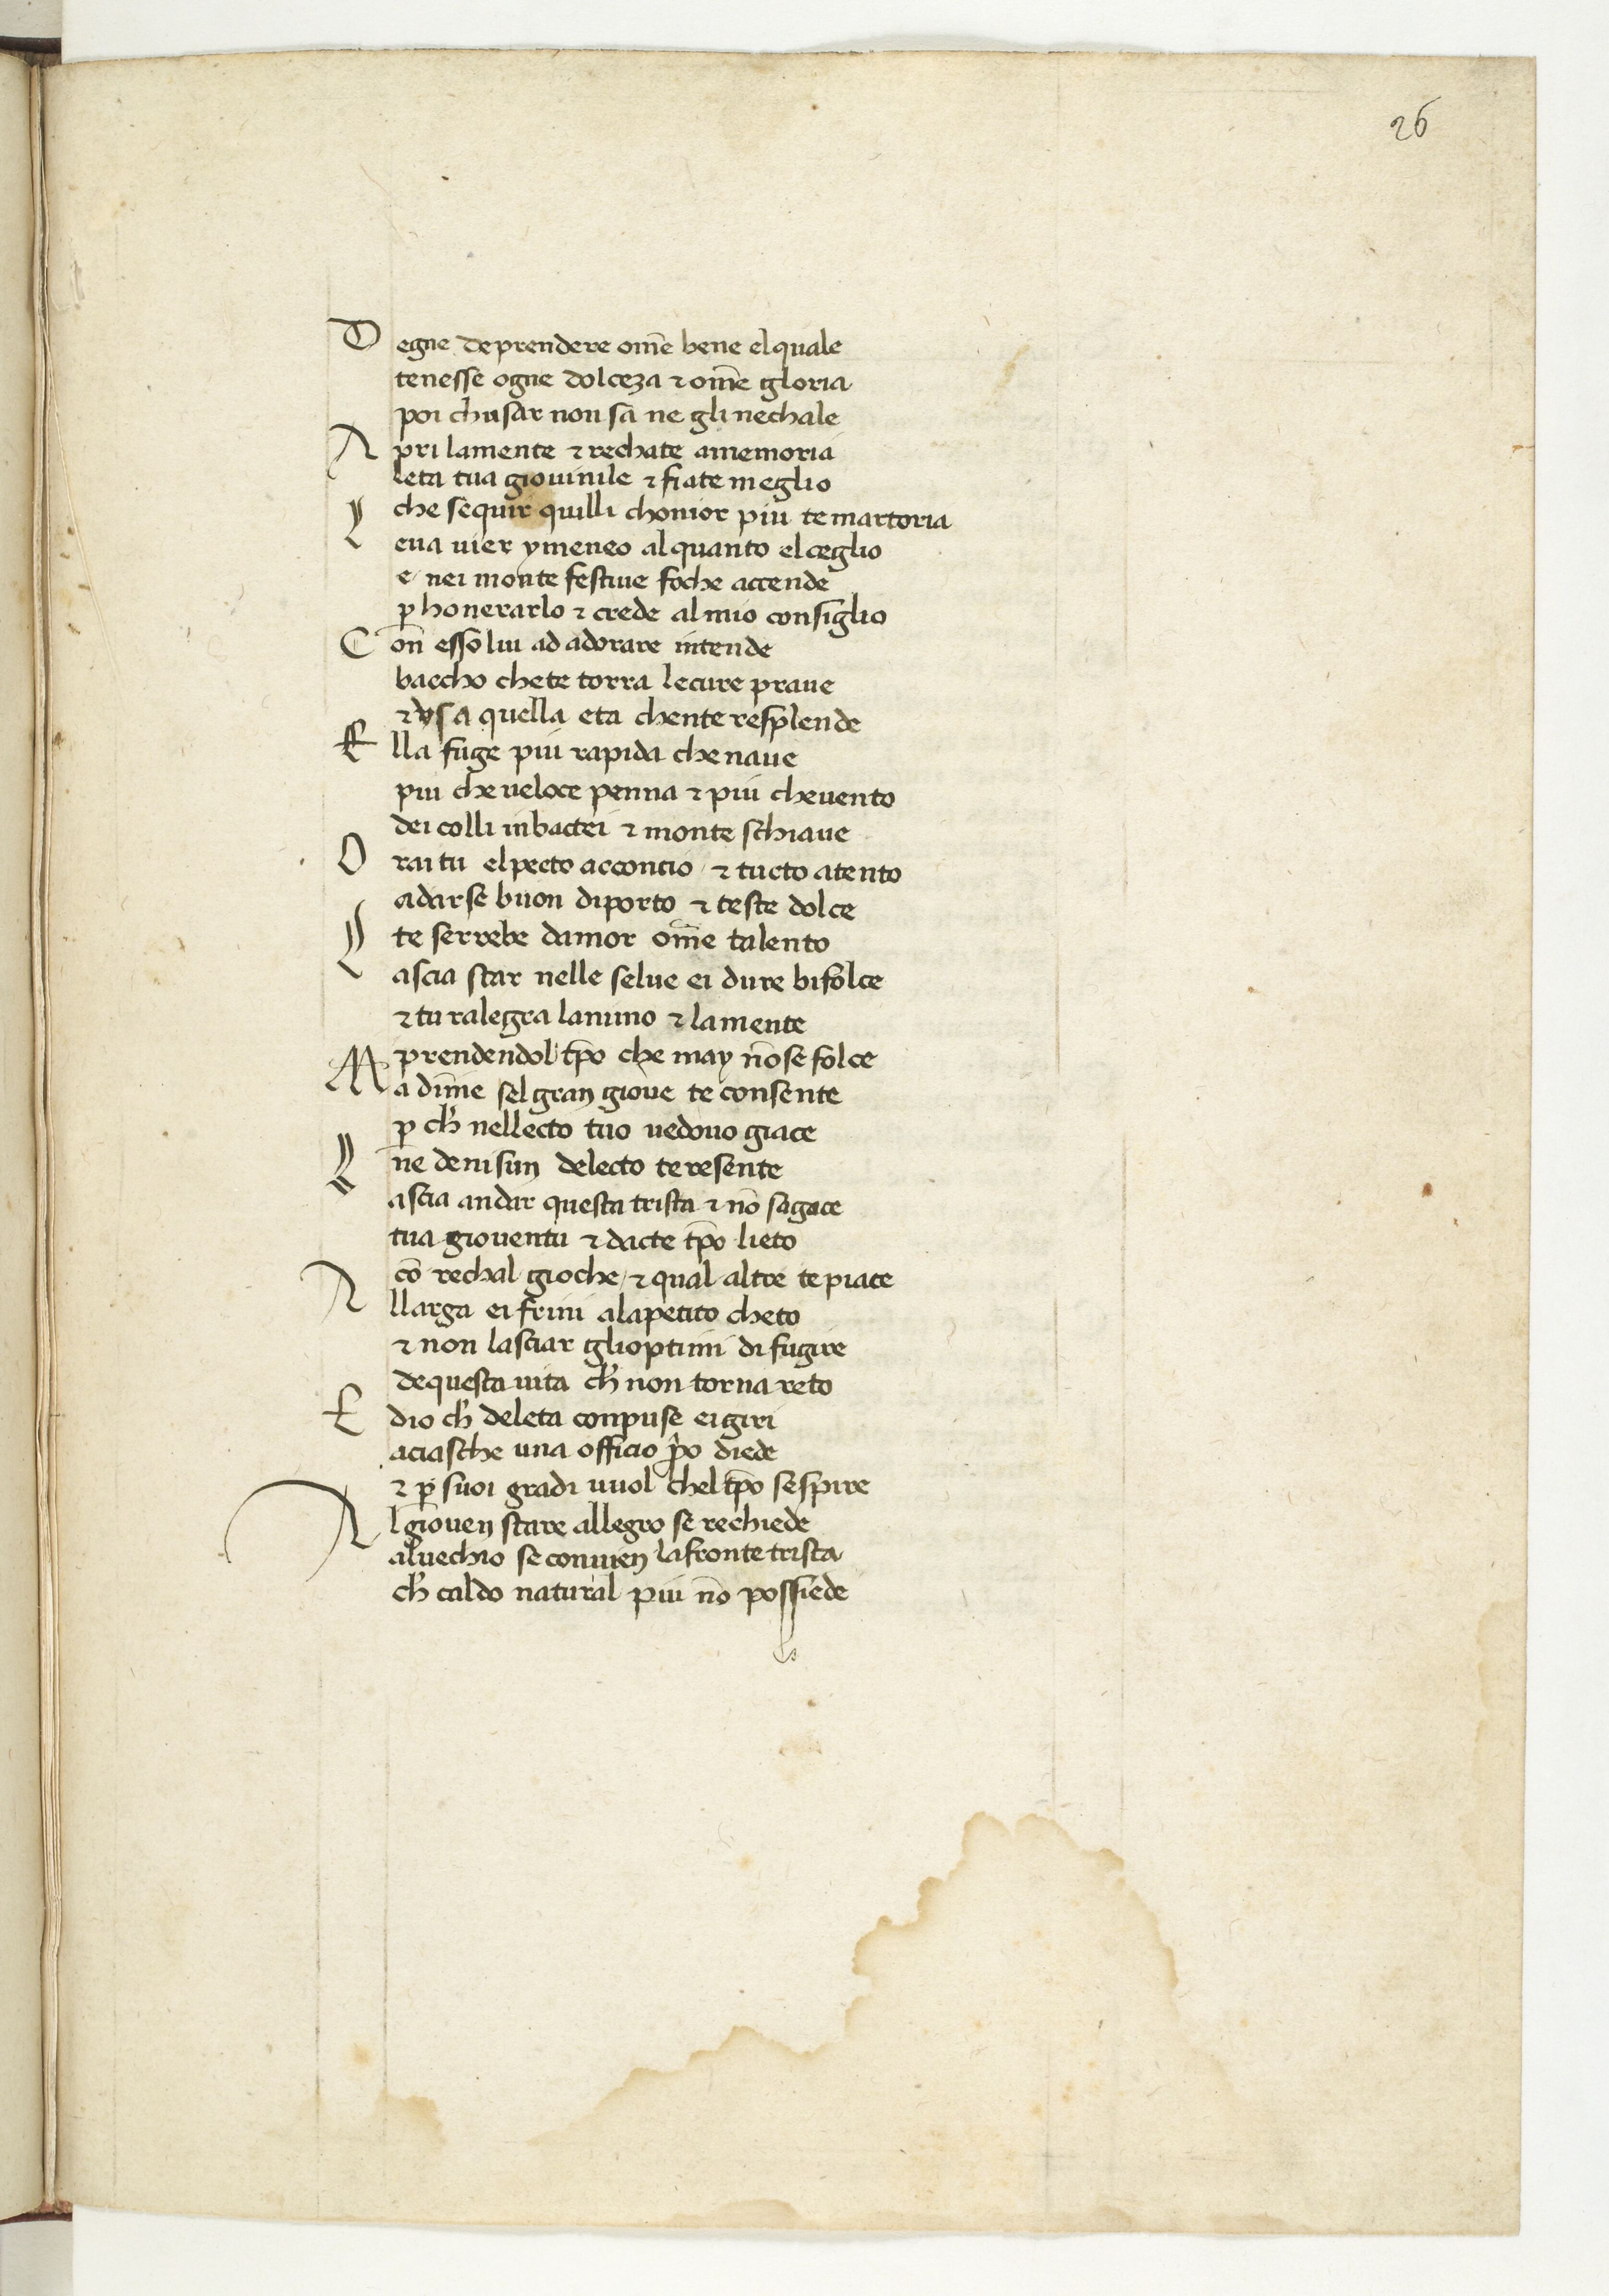
Shelfmark: Paris, BnF, ita. 594
Century: 15